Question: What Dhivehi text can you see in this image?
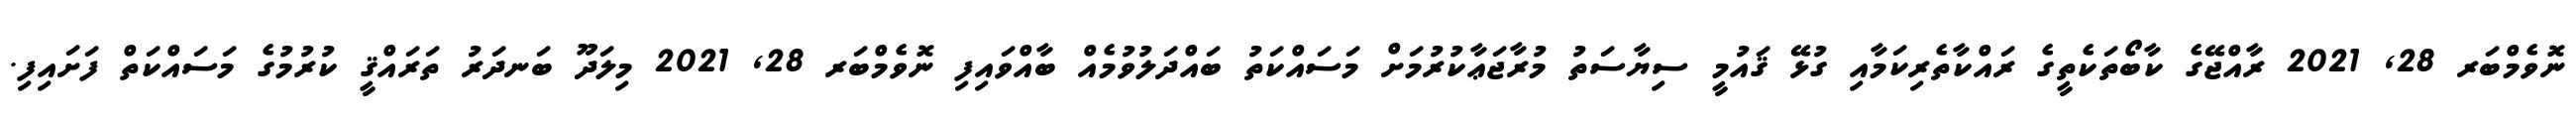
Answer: ނޮވެމްބަރ 28, 2021 ރާއްޖޭގެ ކާބޯތަކެތީގެ ރައްކާތެރިކަމާއި ގުޅޭ ޤައުމީ ސިޔާސަތު މުރާޖަޢާކުރުމަށް މަސައްކަތު ބައްދަލުވުމެއް ބާއްވައިފި ނޮވެމްބަރ 28, 2021 މިލަދޫ ބަނދަރު ތަރައްޤީ ކުރުމުގެ މަސައްކަތް ފަށައިފި.